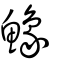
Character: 鱌